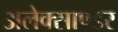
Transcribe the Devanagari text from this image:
अलेक्साण्डर